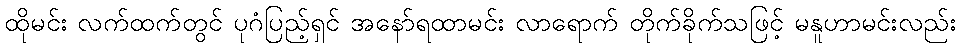
ထိုမင်း လက်ထက်တွင် ပုဂံပြည့်ရှင် အနော်ရထာမင်း လာရောက် တိုက်ခိုက်သဖြင့် မနူဟာမင်းလည်း